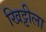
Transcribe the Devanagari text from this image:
खिट्टीला